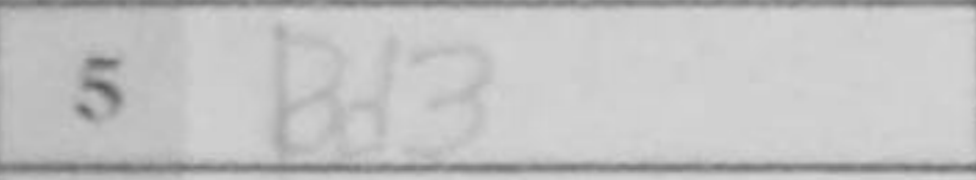
Transcription: Bd3